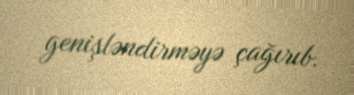
genişləndirməyə çağırıb.